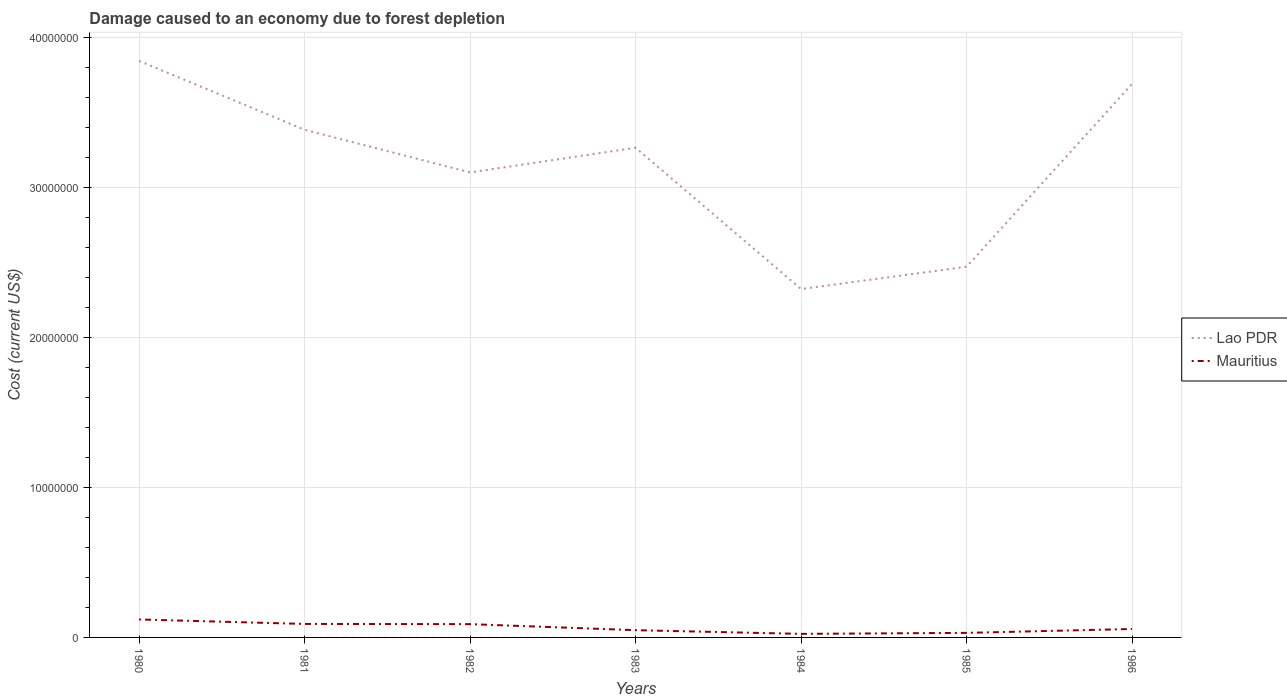
| Years | Lao PDR | Mauritius |
 | --- | --- | --- |
 | 1980 | 3.84e+07 | 1.2e+06 |
 | 1981 | 3.38e+07 | 8.99e+05 |
 | 1982 | 3.1e+07 | 8.86e+05 |
 | 1983 | 3.26e+07 | 4.83e+05 |
 | 1984 | 2.32e+07 | 2.37e+05 |
 | 1985 | 2.47e+07 | 3.04e+05 |
 | 1986 | 3.69e+07 | 5.63e+05 |